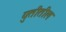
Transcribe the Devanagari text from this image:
युतीतील